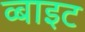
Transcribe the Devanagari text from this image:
व्बाइट